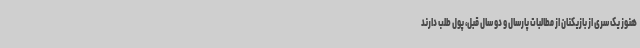
هنوز یک سری از بازیکنان از مطالبات پارسال و دو سال قبل، پول طلب دارند